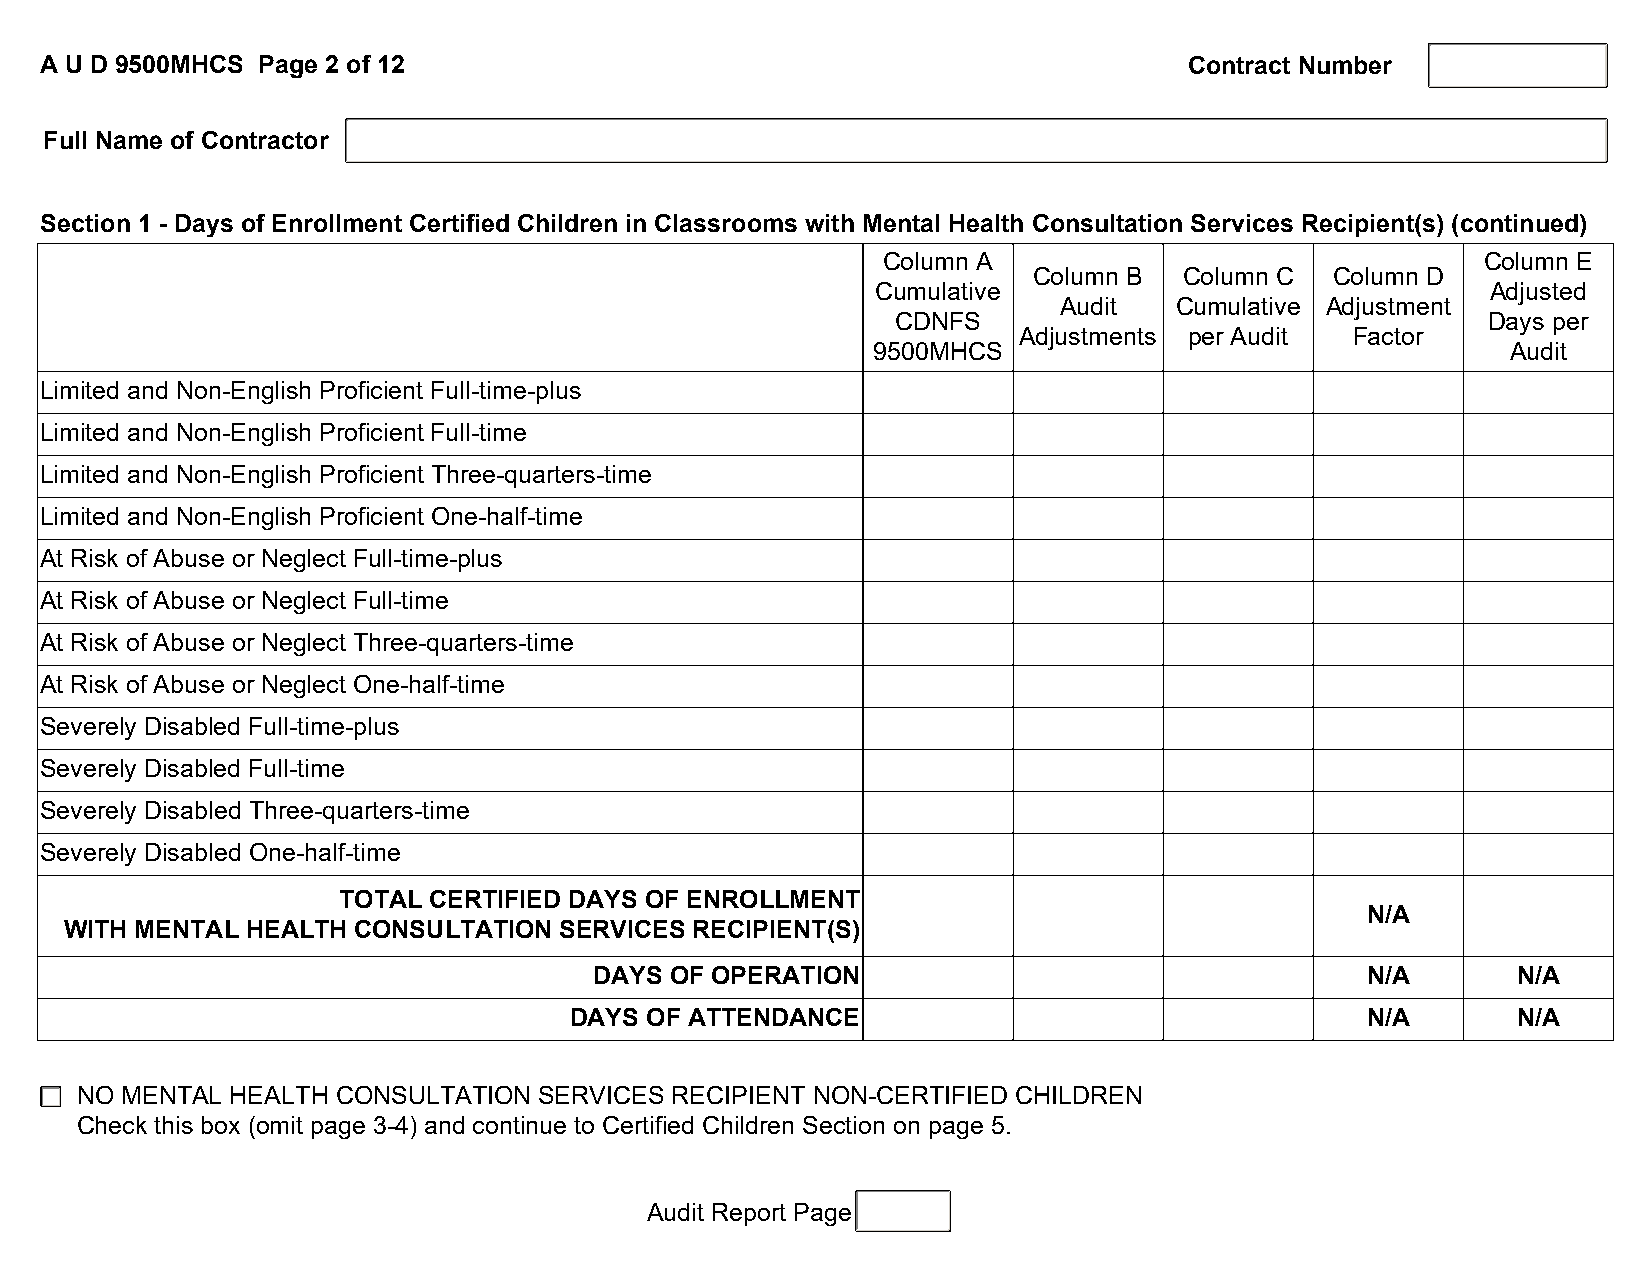
A U D 9500MHCS Page 2 of 12                                                 Contract Number
 Full Name of Contractor
 Section 1 - Days of Enrollment Certified Children in Classrooms with Mental Health Consultation Services Recipient(s) (continued)
 Column A                                Column E
 Column B  Column C  Column D
 Cumulative                               Adjusted
 Audit   Cumulative Adjustment
 CDNFS                                  Days per
 Adjustments per Audit  Factor
 9500MHCS                                  Audit
 Limited and Non-English Proficient Full-time-plus
 Limited and Non-English Proficient Full-time
 Limited and Non-English Proficient Three-quarters-time
 Limited and Non-English Proficient One-half-time
 At Risk of Abuse or Neglect Full-time-plus
 At Risk of Abuse or Neglect Full-time
 At Risk of Abuse or Neglect Three-quarters-time
 At Risk of Abuse or Neglect One-half-time
 Severely Disabled Full-time-plus
 Severely Disabled Full-time
 Severely Disabled Three-quarters-time
 Severely Disabled One-half-time
 TOTAL CERTIFIED DAYS OF ENROLLMENT
 N/A
 WITH MENTAL HEALTH CONSULTATION  SERVICES RECIPIENT(S)
 DAYS OF OPERATION                                  N/A       N/A
 DAYS OF ATTENDANCE                                  N/A       N/A
 NO MENTAL HEALTH CONSULTATION  SERVICES RECIPIENT NON-CERTIFIED CHILDREN
 Check this box (omit page 3-4) and continue to Certified Children Section on page 5.
 Audit Report Page